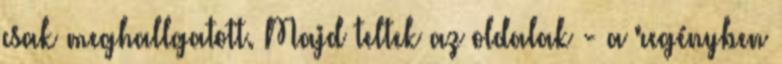
csak meghallgatott. Majd teltek az oldalak - a regényben